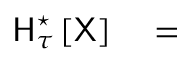
\begin{array} { r l } { \mathsf { H } _ { \tau } ^ { \star } \left[ \mathsf { X } \right] } & { { } = } \end{array}